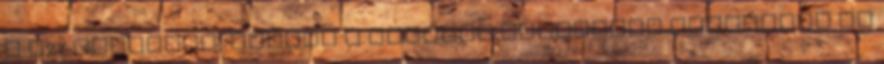
a V27 rombolót, melyet a németek hamarosan elhagytak és